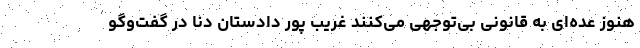
هنوز عده‌ای به قانونی بی‌توجهی می‌کنند غریب پور دادستان دنا در گفت‌وگو